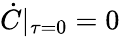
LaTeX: \dot{C}|_{\tau=0}=0